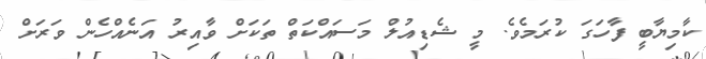
ކާމިޔާބީ ފާހަގަ ކުރަމެވެ. މީ ޝެޑިއުލް މަސައްކަތް ތަކަށް ވާއިރު އަނެއްހެން ވަރަށް